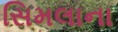
સિમલાના